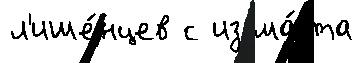
л'ише́нцев с из ма́рта